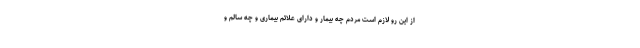
از این رو لازم است مردم چه بیمار و دارای علائم بیماری و چه سالم و